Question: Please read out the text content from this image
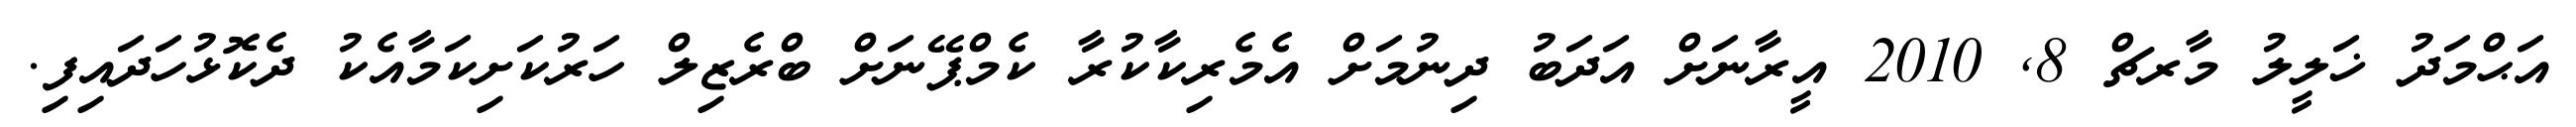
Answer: އަޙްމަދު ޚަލީލު މާރޗް 8, 2010 އީރާނަށް އަދަބު ދިނުމަށް އެމެރިކާކުރާ ކެމްޕޭނަށް ބްރެޒިލް ހަރުކަށިކަމާއެކު ދެކޮޅުހަދައިފި.